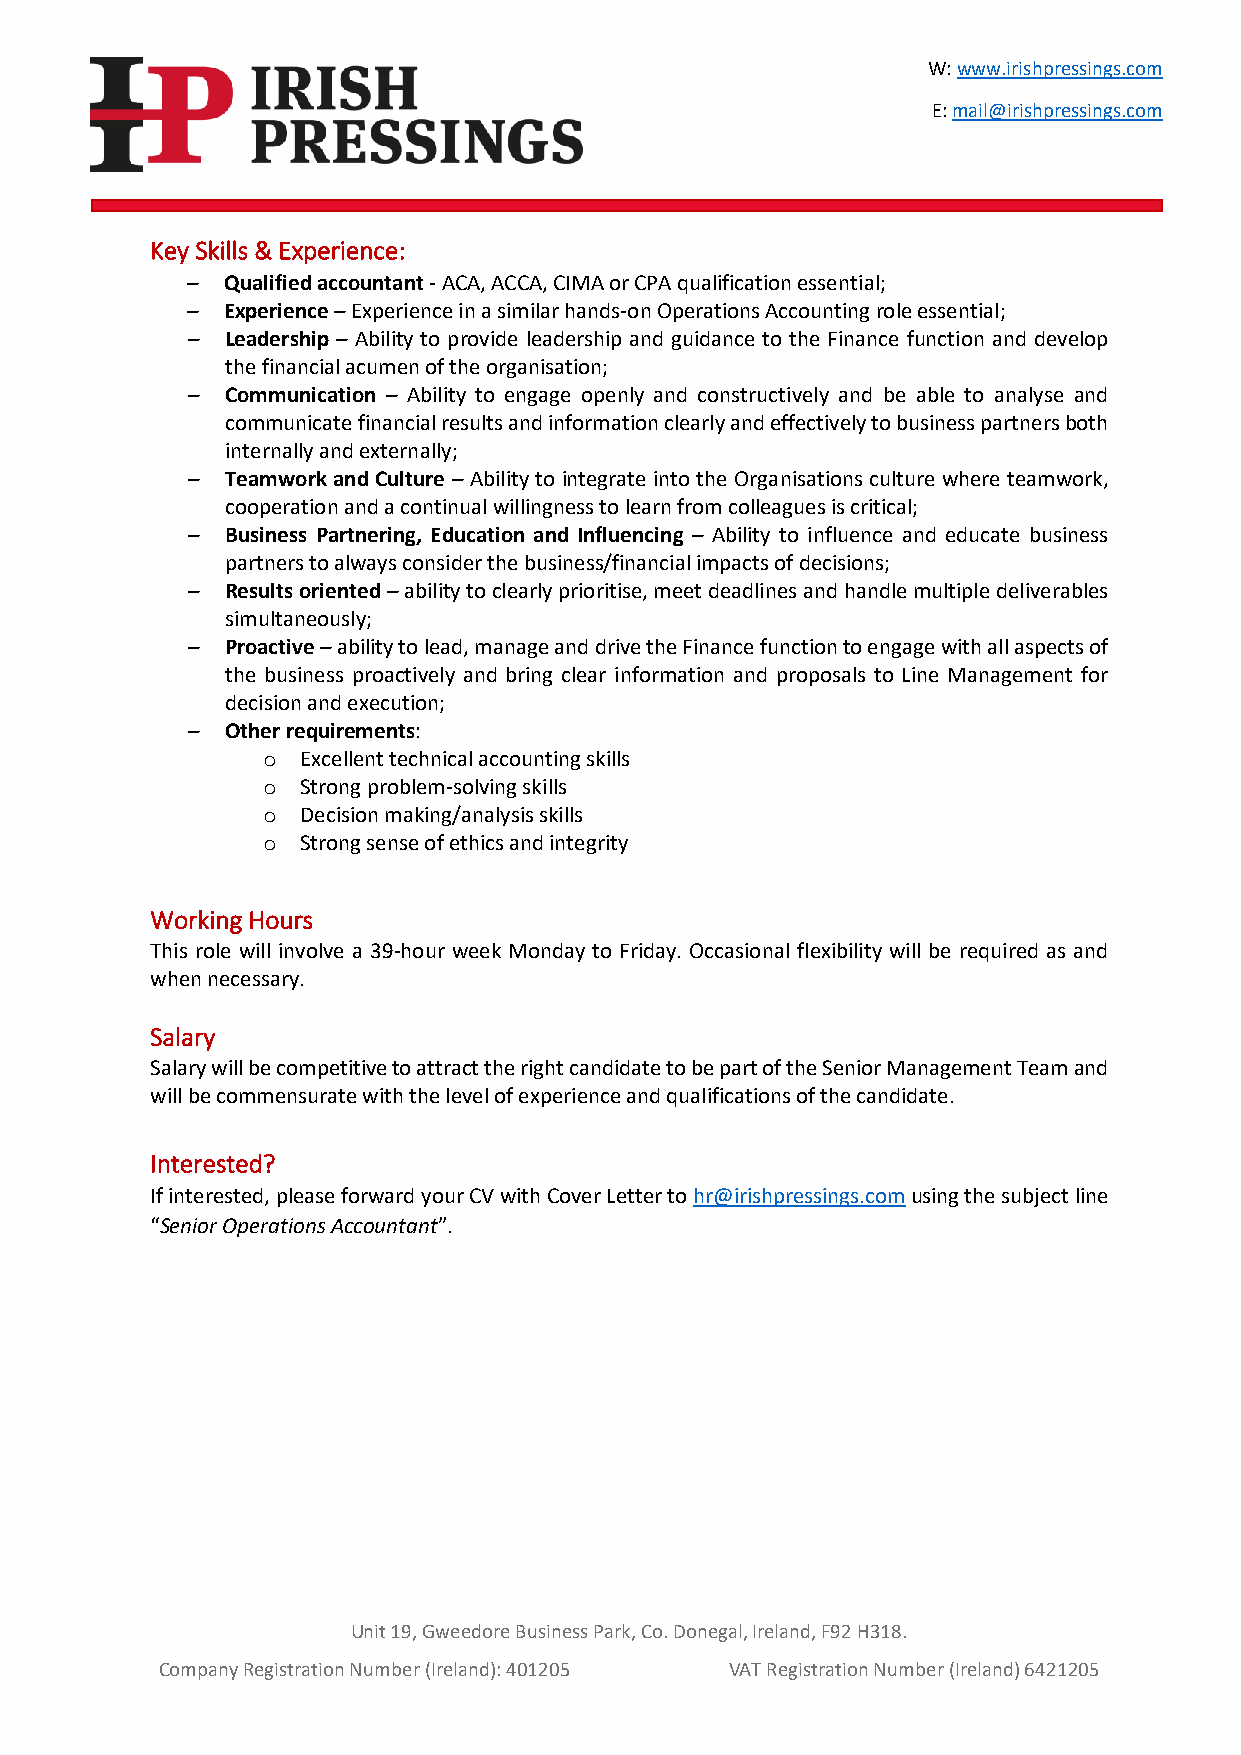
W: www.irishpressings.com
 E: mail@irishpressings.com
 Key Skills & Experience:
 –  Qualified accountant - ACA, ACCA, CIMA or CPA qualification essential;
 –  Experience – Experience in a similar hands-on Operations Accounting role essential;
 –  Leadership – Ability to provide leadership and guidance to the Finance function and develop
 the financial acumen of the organisation;
 –  Communication – Ability to engage openly and constructively and be able to analyse and
 communicate financial results and information clearly and effectively to business partners both
 internally and externally;
 –  Teamwork and Culture – Ability to integrate into the Organisations culture where teamwork,
 cooperation and a continual willingness to learn from colleagues is critical;
 –  Business Partnering, Education and Influencing – Ability to influence and educate business
 partners to always consider the business/financial impacts of decisions;
 –  Results oriented – ability to clearly prioritise, meet deadlines and handle multiple deliverables
 simultaneously;
 –  Proactive – ability to lead, manage and drive the Finance function to engage with all aspects of
 the business proactively and bring clear information and proposals to Line Management for
 decision and execution;
 –  Other requirements:
 o  Excellent technical accounting skills
 o  Strong problem-solving skills
 o  Decision making/analysis skills
 o  Strong sense of ethics and integrity
 Working Hours
 This role will involve a 39-hour week Monday to Friday. Occasional flexibility will be required as and
 when necessary.
 Salary
 Salary will be competitive to attract the right candidate to be part of the Senior Management Team and
 will be commensurate with the level of experience and qualifications of the candidate.
 Interested?
 If interested, please forward your CV with Cover Letter to hr@irishpressings.com using the subject line
 “Senior Operations Accountant”.
 Unit 19, Gweedore Business Park, Co. Donegal, Ireland, F92 H318.
 Company Registration Number (Ireland): 401205 VAT Registration Number (Ireland) 6421205